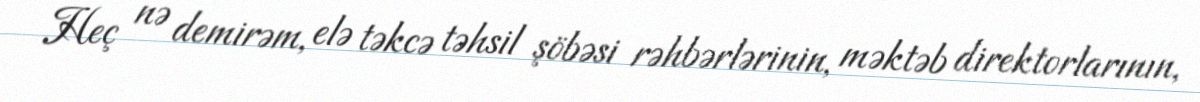
Heç nə demirəm, elə təkcə təhsil şöbəsi rəhbərlərinin, məktəb direktorlarının,